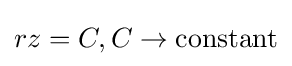
rz=C,C\rightarrow {\mbox{constant}}